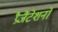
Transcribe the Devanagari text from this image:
प्रैजैंटेशनों